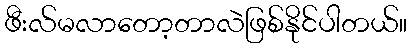
ဖီးလ်မလာတော့တာလဲဖြစ်နိုင်ပါတယ်။